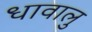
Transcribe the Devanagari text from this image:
धावालु